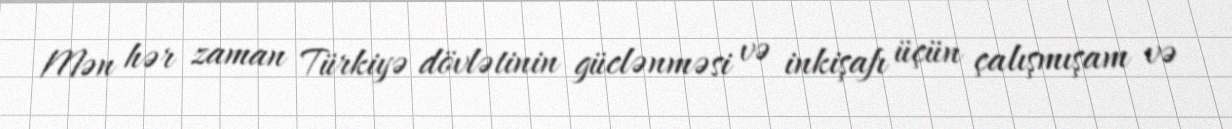
Mən hər zaman Türkiyə dövlətinin güclənməsi və inkişafı üçün çalışmışam və